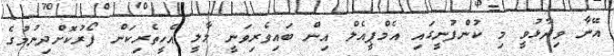
އޭނާ ވިދާޅުވީ މި ކުންފުނީގައި އެމްޕީއެލް އިން ބައިވެރިވަނީ މާލީ އެހީތެރިކަން ފޯރުކޮށްދިނުމުގެ